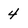
Character: 4